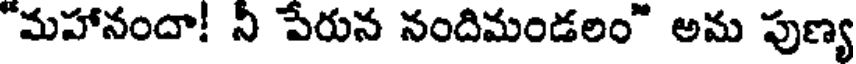
"మహానందా! నీ పేరున నందిమండలం" అమ పుణ్య